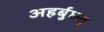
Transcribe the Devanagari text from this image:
अहर्बुध्य्त्